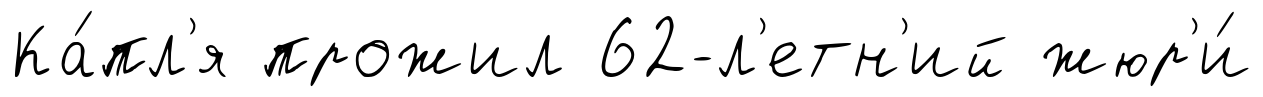
Ка́пл'я прожил 62-л'етн'ий жюр'и́